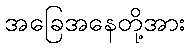
အခြေအနေတို့အား